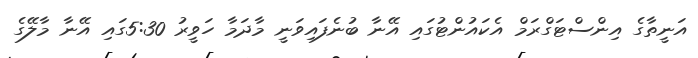
އަނީތާގެ އިންސްޓަގްރަމް އެކައުންޓުގައި އޭނާ ބުނެފައިވަނީ މާދަމާ ހަވީރު 5:30ގައި އޭނާ މާލޭގެ